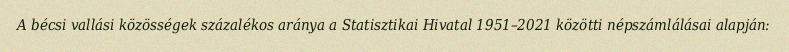
A bécsi vallási közösségek százalékos aránya a Statisztikai Hivatal 1951–2021 közötti népszámlálásai alapján: